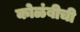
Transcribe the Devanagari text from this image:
कोळंबीची